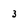
Character: 3